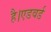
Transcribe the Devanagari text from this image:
है।एडवर्ड